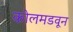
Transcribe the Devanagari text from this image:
कोलमडवून